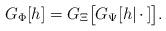
LaTeX: \begin{align*} G_\Phi[h]=G_\Xi\bigl[G_\Psi[h|\,\cdot\,]\bigr].\end{align*}